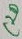
Text: C20